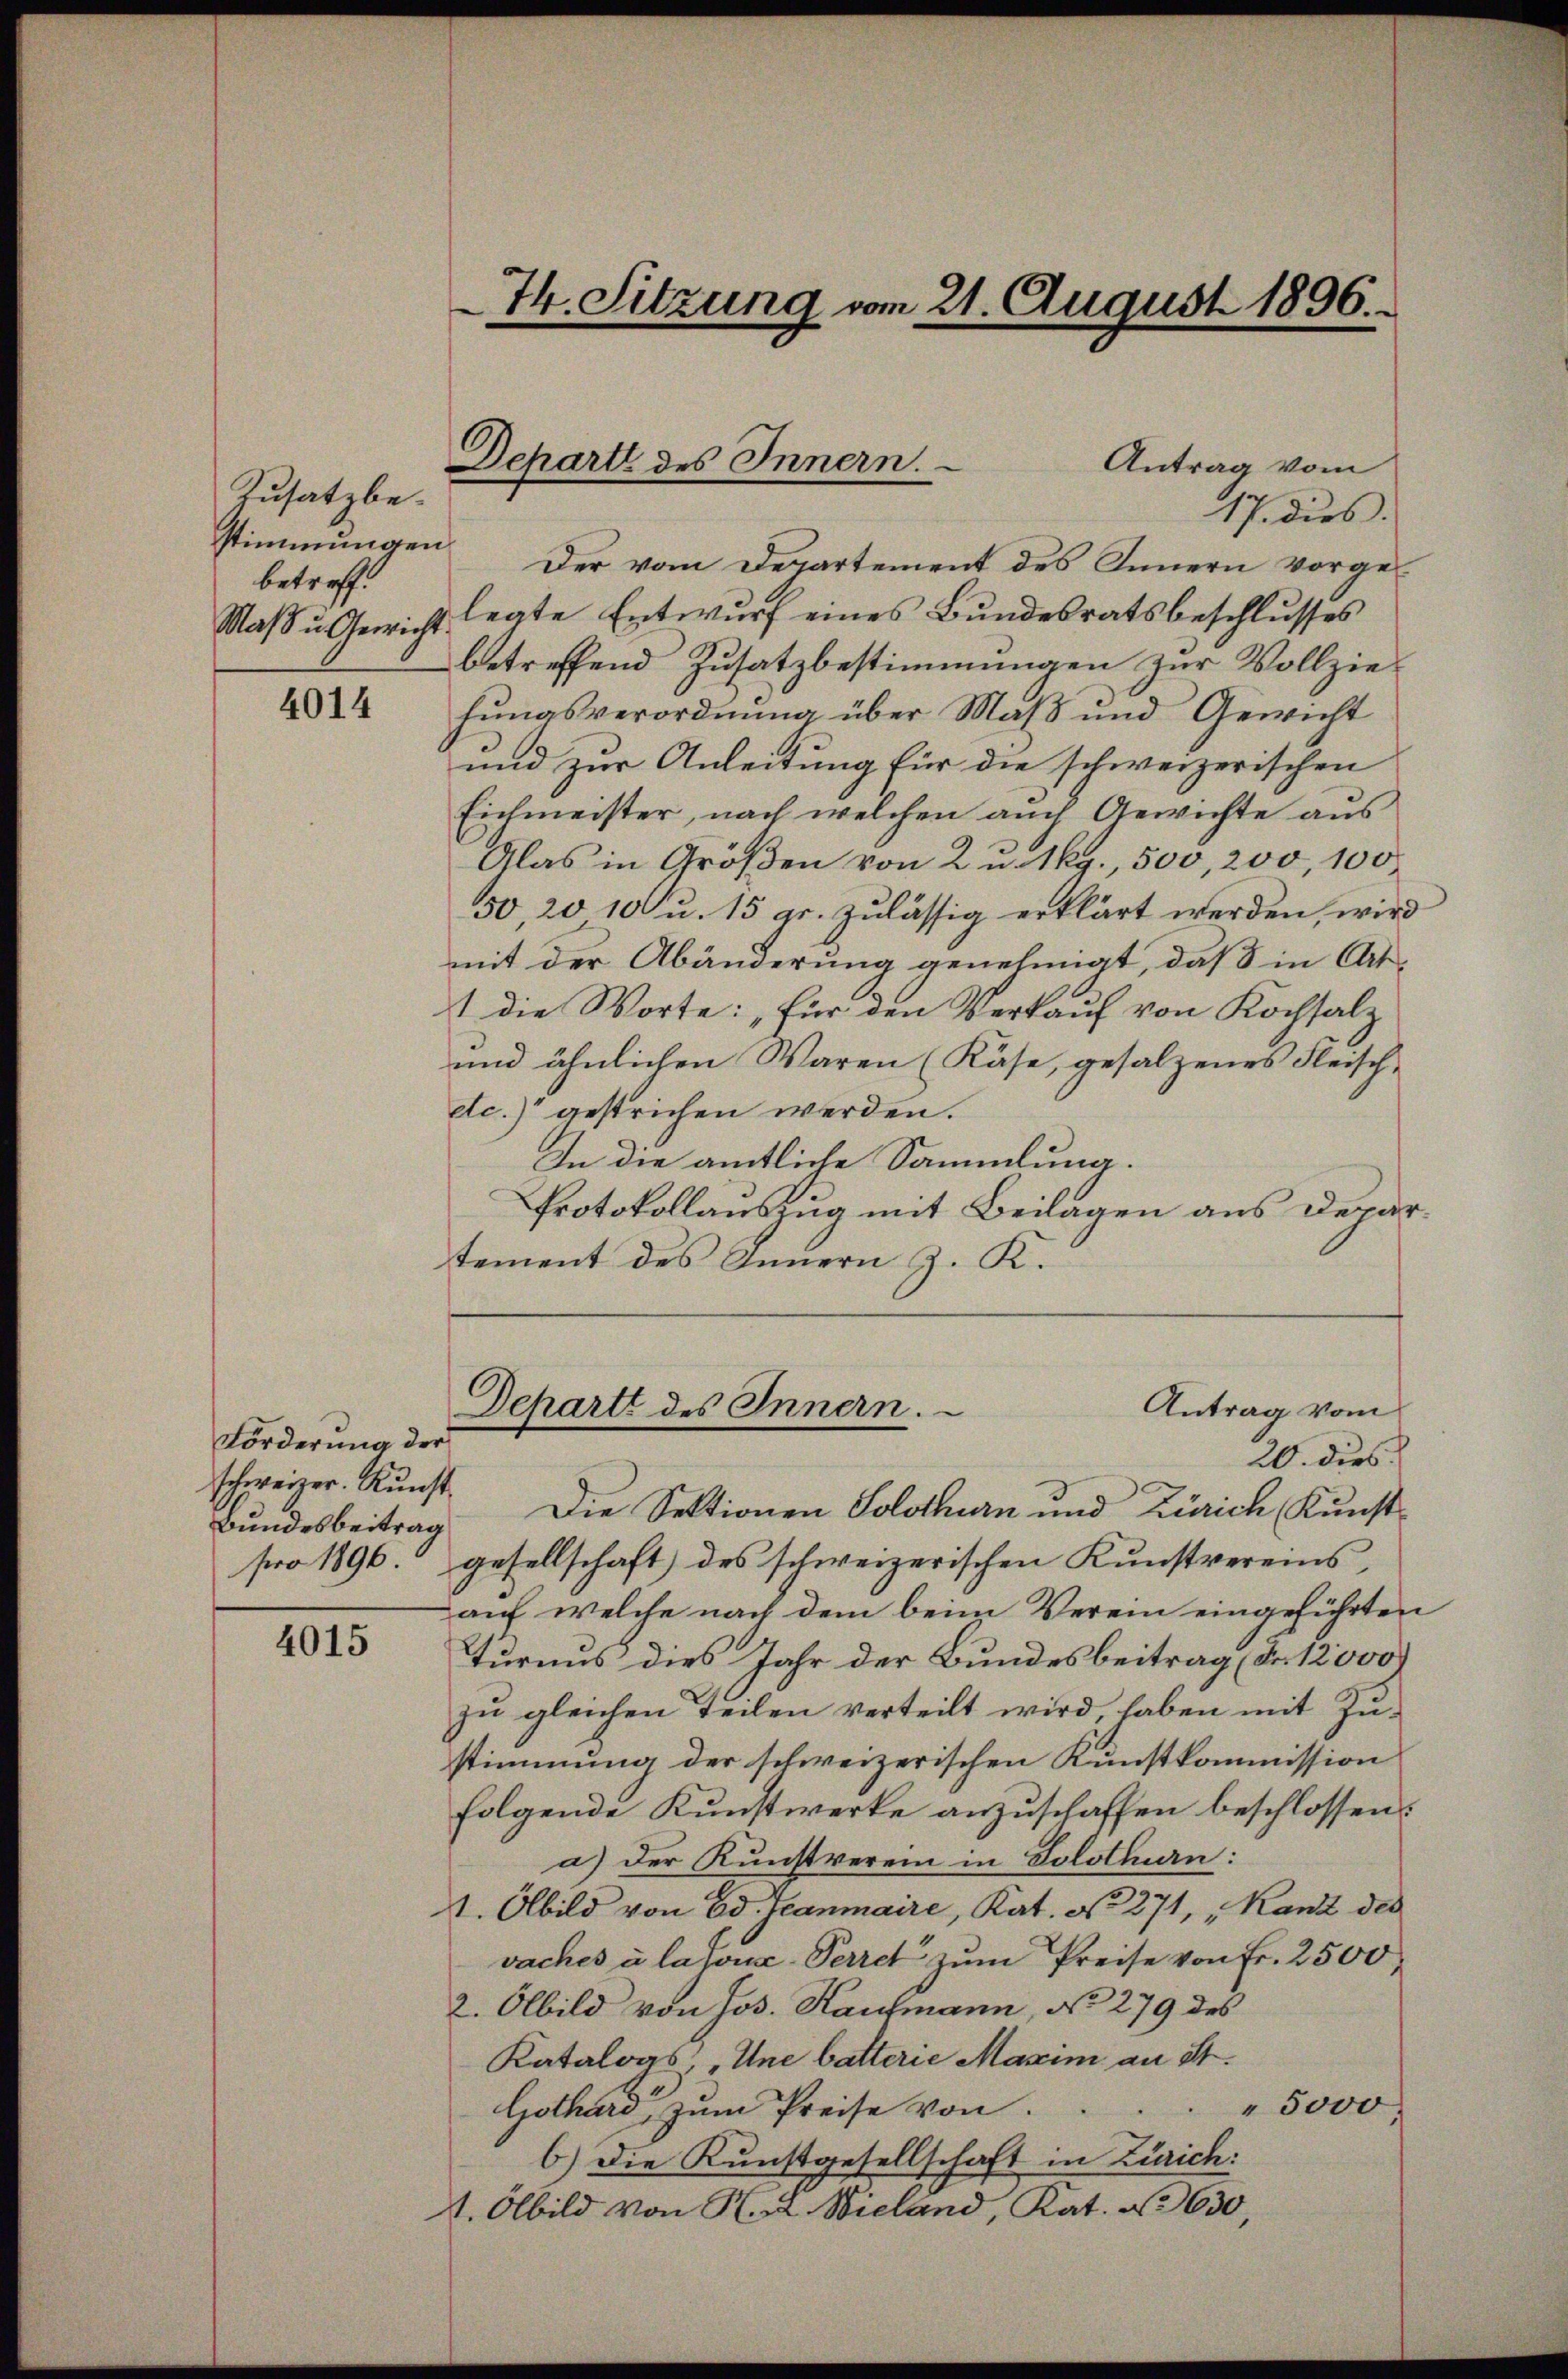
Zusatz bebetreff.
Maß u. Gewicht.

4014

Förderung der
schweizer. Kunst.

4015

74. Sitzung vom 21. August 1896.

Antrag vom
17. dies
stimmungen Der vom Departement des Innern vorge-
legte Entwurf eines Bundesratsbeschlusses
betreffend Zusatzbestimmungen zur Vollziehŭngsverordnung über Maβ und Gewicht
und zur Anleitung für die schweizerischen
Eichmeister, nach welchen auch Gewichte aus
Alas in Größen von 2 u. 1 kg., 500, 200, 100
50, 20 10 u. 15 gr. zulässig erklärt werden, wird
mit der Abänderung genehmigt, daß in At¬
1 die Worte: „Für den Verkauf von Kochsalz
und ähnlichen Waren (Käse, gesalzenes Fleisch-
etc.) gestrichen werden.
In die amtliche Sammlung.
Protokollauszug mit Beilagen aus Departement des Innern J. K.
Antrag vom
Dchartt des Innern.
20. dies
Bundesbeitrag die Sektionen Solothurn und Zürich Kunst-
pro 1896. gesellschaft) des schweizerischen Kunstvereins,
auf welche nach dem beim Verein eingeführten
Turnus dies Jahr der Bundesbeitrag (Fr. 12,000
zu gleichen Teilen verteilt wird, haben mit Zustimmung der schweizerischen Kunstkommission
folgende Kunstwerke anzuschaffen beschlossen:
a) Der Kunstverein in Solotluan:
1. Albild von Ed. Jeanmaire, Kat. No 271, "Ranz des
vaches à lajons-Perret zŭm Preise von Fr. 2500
2. Albild von Jos. Kaufmann, No 279 des
Katalogs Une batterie Maxim an Sr.
" 5000
Gothard zum Preise von
6.) Die Kunstgesellschaft in Zürich:
1. Olbild von K. A. Wieland, Kat. N. 630,

Departe des Innern.